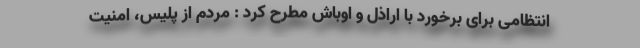
انتظامی برای برخورد با اراذل و اوباش مطرح کرد : مردم از پلیس، امنیت